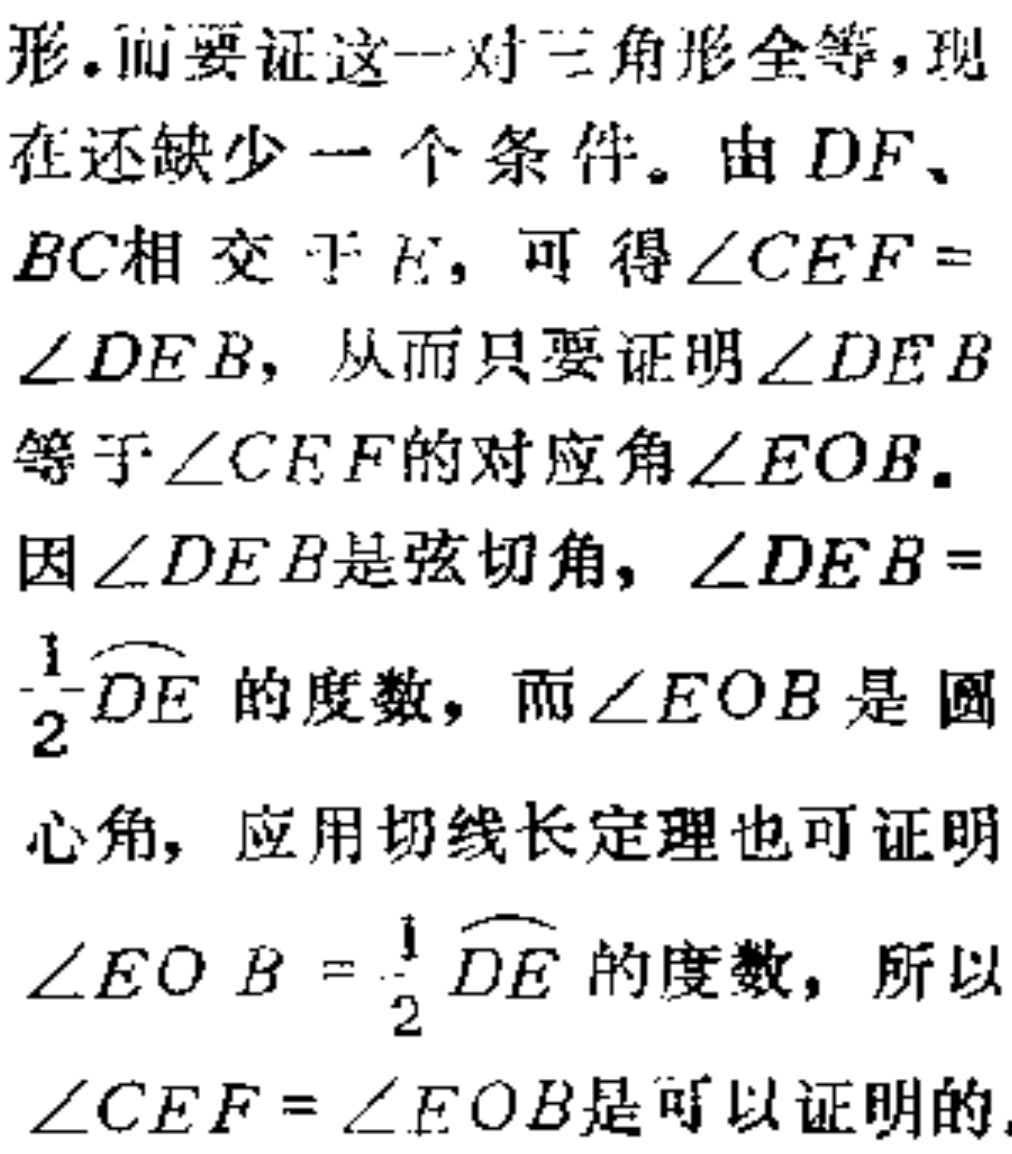
形。而要证这一对三角形全等，现

在还缺少一个条件。由 \(DF\)、

\(BC\)相交于 \(E\)，可得\(\angle CEF =

\angle DEB\)，从而只要证明\(\angle DEB\)

等于\(\angle CEF\)的对应角\(\angle EOB\)。

因\(\angle DEB\)是弦切角，\(\angle DEB =

\frac{1}{2}\overset{\frown}{DE}\)的度数，而\(\angle EOB\)是圆

心角，应用切线长定理也可证明

\(\angle EOB=\frac{1}{2}\overset{\frown}{DE}\)的度数，所以

\(\angle CEF = \angle EOB\)是可以证明的。